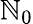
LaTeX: \mathbb{N}_{0}